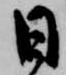
日